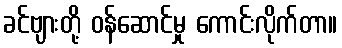
ခင်ဗျားတို့ ဝန်ဆောင်မှု ကောင်းလိုက်တာ။